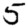
Digit: 5